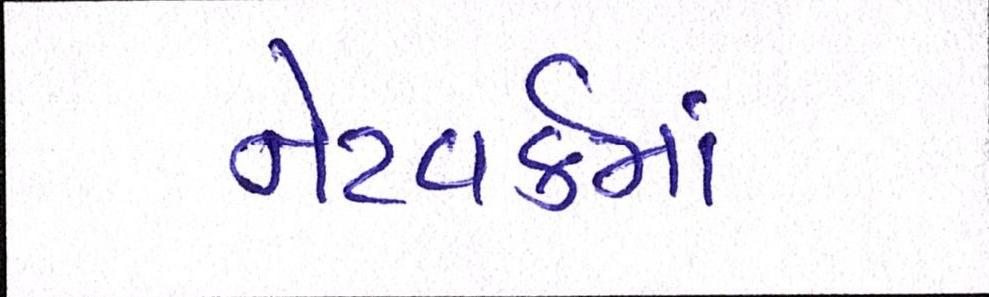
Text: નેટવર્કમાં